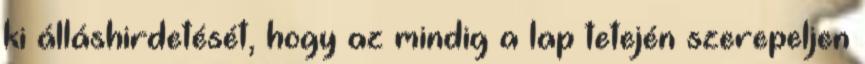
ki álláshirdetését, hogy az mindig a lap tetején szerepeljen